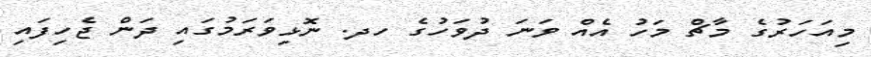
މިއަހަރުގެ މާޗް މަހު އެއް ވަނަ ދުވަހުގެ ހދ. ނޮޅިވަރަމުގައި ދަން ޖެހިފައި